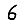
Digit: 6